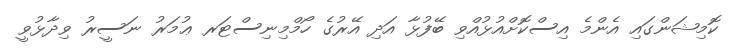
ކޮމިޝަންގައި އެންމެ އިސްކޮށްއުޅުއްވި ބޭފުޅާ އަދި އޭރުގެ ހޯމްމިނިސްޓަރ ޢުމަރު ނަސީރު ވިދާޅުވީ